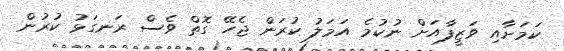
ކަމަށާއި ވަޒީފާއަށް ނުކުމެ އަމަލު ކުރަން ޖެހޭ ގޮތް ވެސް ރަނގަޅު ކުރުން